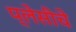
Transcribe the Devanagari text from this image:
प्लेसीचे